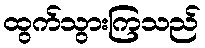
ထွက်သွားကြသည်